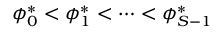
\phi _ { 0 } ^ { * } < \phi _ { 1 } ^ { * } < \dots < \phi _ { S - 1 } ^ { * }